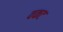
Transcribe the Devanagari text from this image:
वकट